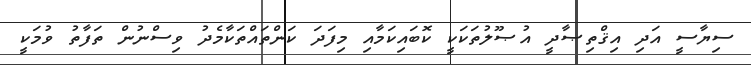
ސިޔާސީ އަދި އިޤްތިޞާދީ އުޞޫލުތަކަކީ ކޮބައިކަމާއި މިފަދަ ކަންތައްތަކާމެދު ވިސްނުން ތަފާތު ވުމަކީ